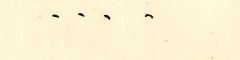
....